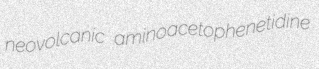
neovolcanic aminoacetophenetidine